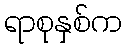
ရာစုနှစ်က